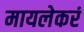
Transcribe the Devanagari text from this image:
मायलेकरं